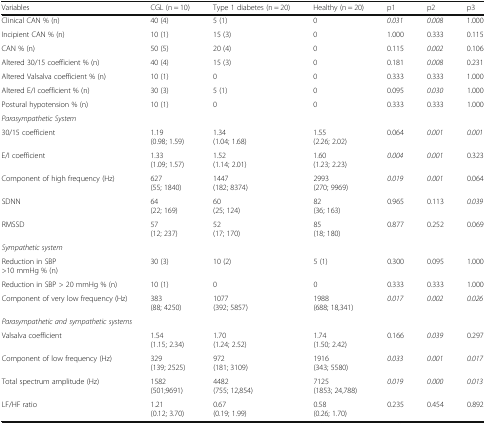
<table><thead><tr><td><b>Variables</b></td><td><b>CGL (n = 10)</b></td><td><b>Type 1 diabetes (n = 20)</b></td><td><b>Healthy (n = 20)</b></td><td><b>p1</b></td><td><b>p2</b></td><td><b>p3</b></td></tr></thead><tbody><tr><td>Clinical CAN % (n)</td><td>40 (4)</td><td>5 (1)</td><td>0</td><td><i>0.031</i></td><td><i>0.008</i></td><td>1.000</td></tr><tr><td>Incipient CAN % (n)</td><td>10 (1)</td><td>15 (3)</td><td>0</td><td>1.000</td><td>0.333</td><td>0.115</td></tr><tr><td>CAN % (n)</td><td>50 (5)</td><td>20 (4)</td><td>0</td><td>0.115</td><td><i>0.002</i></td><td>0.106</td></tr><tr><td>Altered 30/15 coefficient % (n)</td><td>40 (4)</td><td>15 (3)</td><td>0</td><td>0.181</td><td><i>0.008</i></td><td>0.231</td></tr><tr><td>Altered Valsalva coefficient % (n)</td><td>10 (1)</td><td>0</td><td>0</td><td>0.333</td><td>0.333</td><td>1.000</td></tr><tr><td>Altered E/I coefficient % (n)</td><td>30 (3)</td><td>5 (1)</td><td>0</td><td>0.095</td><td><i>0.030</i></td><td>1.000</td></tr><tr><td>Postural hypotension % (n)</td><td>10 (1)</td><td>0</td><td>0</td><td>0.333</td><td>0.333</td><td>1.000</td></tr><tr><td colspan="7"><i>Parasympathetic System</i></td></tr><tr><td>30/15 coefficient</td><td>1.19(0.98; 1.59)</td><td>1.34(1.04; 1.68)</td><td>1.55(2.26; 2.02)</td><td>0.064</td><td><i>0.001</i></td><td><i>0.001</i></td></tr><tr><td>E/I coefficient</td><td>1.33(1.09; 1.57)</td><td>1.52(1.14; 2.01)</td><td>1.60(1.23; 2.23)</td><td><i>0.004</i></td><td><i>0.001</i></td><td>0.323</td></tr><tr><td>Component of high frequency (Hz)</td><td>627(55; 1840)</td><td>1447(182; 8374)</td><td>2993(270; 9969)</td><td><i>0.019</i></td><td><i>0.001</i></td><td>0.064</td></tr><tr><td>SDNN</td><td>64(22; 169)</td><td>60(25; 124)</td><td>82(36; 163)</td><td>0.965</td><td>0.113</td><td><i>0.039</i></td></tr><tr><td>RMSSD</td><td>57(12; 237)</td><td>52(17; 170)</td><td>85(18; 180)</td><td>0.877</td><td>0.252</td><td>0.069</td></tr><tr><td colspan="7"><i>Sympathetic system</i></td></tr><tr><td>Reduction in SBP&gt;10 mmHg % (n)</td><td>30 (3)</td><td>10 (2)</td><td>5 (1)</td><td>0.300</td><td>0.095</td><td>1.000</td></tr><tr><td>Reduction in SBP &gt; 20 mmHg % (n)</td><td>10 (1)</td><td>0</td><td>0</td><td>0.333</td><td>0.333</td><td>1.000</td></tr><tr><td>Component of very low frequency (Hz)</td><td>383(88; 4250)</td><td>1077(392; 5857)</td><td>1988(688; 18,341)</td><td><i>0.017</i></td><td><i>0.002</i></td><td><i>0.026</i></td></tr><tr><td colspan="7"><i>Parasympathetic and sympathetic systems</i></td></tr><tr><td>Valsalva coefficient</td><td>1.54(1.15; 2.34)</td><td>1.70(1.24; 2.52)</td><td>1.74(1.50; 2.42)</td><td>0.166</td><td><i>0.039</i></td><td>0.297</td></tr><tr><td>Component of low frequency (Hz)</td><td>329(139; 2525)</td><td>972(181; 3109)</td><td>1916(343; 5580)</td><td><i>0.033</i></td><td><i>0.001</i></td><td><i>0.017</i></td></tr><tr><td>Total spectrum amplitude (Hz)</td><td>1582(501;9691)</td><td>4482(755; 12,854)</td><td>7125(1853; 24,788)</td><td><i>0.019</i></td><td><i>0.000</i></td><td><i>0.013</i></td></tr><tr><td>LF/HF ratio</td><td>1.21(0.12; 3.70)</td><td>0.67(0.19; 1.99)</td><td>0.58(0.26; 1.70)</td><td>0.235</td><td>0.454</td><td>0.892</td></tr></tbody></table>